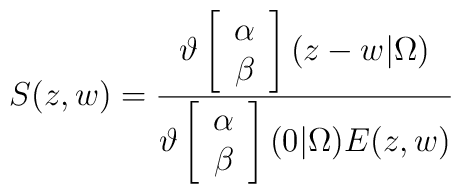
S(z,w)=\frac{\vartheta\left[\begin{array}{c}\alpha \\\beta\end{array}\right](z-w|\Omega)}{\vartheta\left[\begin{array}{c}\alpha \\\beta\end{array}\right](0|\Omega)E(z,w)}